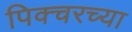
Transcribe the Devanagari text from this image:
पिक्चरच्या